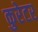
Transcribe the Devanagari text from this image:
कुरेटर